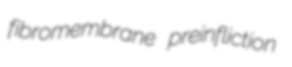
fibromembrane preinfliction